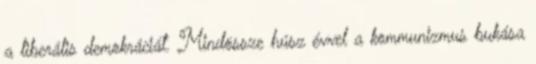
a liberális demokráciát. Mindössze húsz évvel a kommunizmus bukása